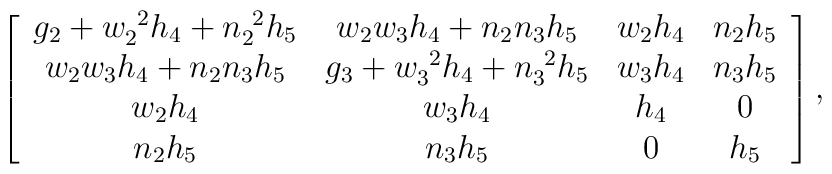
\left[\begin{array}{cccc}g_{2}+w_{2}^{\ 2}h_{4}+n_{2}^{\ 2}h_{5} & w_{2}w_{3}h_{4}+n_{2}n_{3}h_{5} &w_{2}h_{4} & n_{2}h_{5} \\w_{2}w_{3}h_{4}+n_{2}n_{3}h_{5} & g_{3}+w_{3}^{\ 2}h_{4}+n_{3}^{\ 2}h_{5} &w_{3}h_{4} & n_{3}h_{5} \\w_{2}h_{4} & w_{3}h_{4} & h_{4} & 0 \\n_{2}h_{5} & n_{3}h_{5} & 0 & h_{5}\end{array}\right] ,